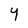
Character: Y